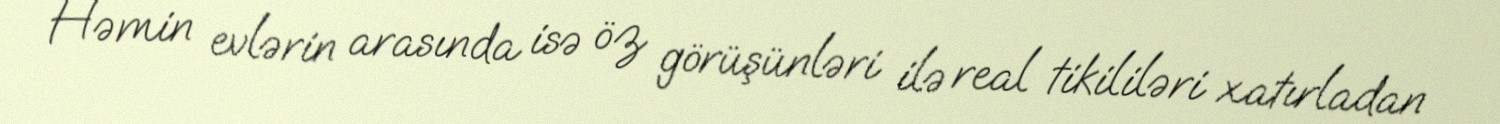
Həmin evlərin arasında isə öz görüşünləri ilə real tikililəri xatırladan